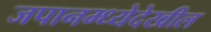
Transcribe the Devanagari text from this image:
जपानम्ध्येदेखील